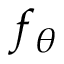
f _ { \theta }